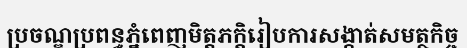
ប្រចណ្ឌប្រពន្ធភ្នំពេញមិត្តភក្តិរៀបការសង្កាត់សមត្ថកិច្ច